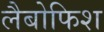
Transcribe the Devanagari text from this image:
लैबोफिश